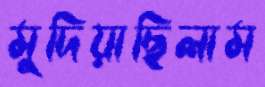
মুদিয়াছিলাম